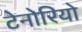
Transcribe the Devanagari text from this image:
टेनोरियो